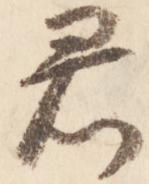
君